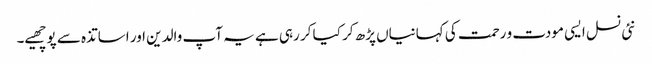
نئی نسل ایسی مودت و رحمت کی کہانیاں پڑھ کر کیا کر رہی ہے یہ آپ والدین اور اساتذہ سے پوچھیے۔